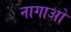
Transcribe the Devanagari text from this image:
नागाओ